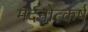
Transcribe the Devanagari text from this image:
मदनोत्कर्ष